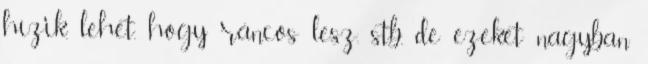
hízik, lehet, hogy ráncos lesz, stb., de ezeket nagyban